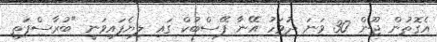
އެގޮތުން ޖޫން 30 ވަނަ ދުވަހު އޭނާ ފޭސްބުކް ގައި ލިޔެފައިވަނީ "ބުރާސްފަތި